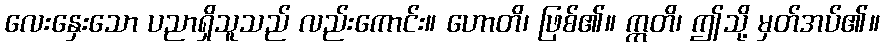
လေးနှေးသော ပညာရှိသူသည် လည်းကောင်း။ ဟောတိ၊ ဖြစ်၏။ ဣတိ၊ ဤသို့ မှတ်အပ်၏။